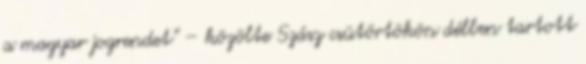
a magyar jogrendet” – közölte Szász csütörtökön délben tartott